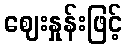
ဈေးနှုန်းဖြင့်